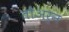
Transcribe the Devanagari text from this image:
तौअर्न